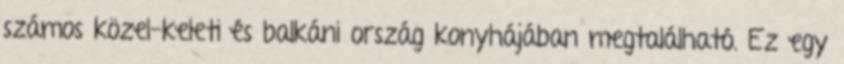
számos közel-keleti és balkáni ország konyhájában megtalálható. Ez egy